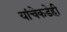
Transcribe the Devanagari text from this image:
यांचेकडेही